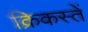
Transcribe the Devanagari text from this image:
क्रिकस्तें